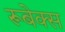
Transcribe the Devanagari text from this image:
रूबेक्स